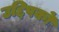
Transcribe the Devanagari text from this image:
उद्दिपकों